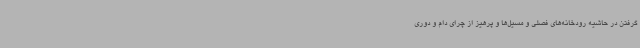
گرفتن در حاشیه رودخانه‌های فصلی و مسیل‌ها و پرهیز از چرای دام و دوری